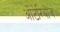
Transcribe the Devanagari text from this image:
ओंटेरियोज